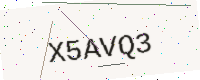
Text: X5AVQ3